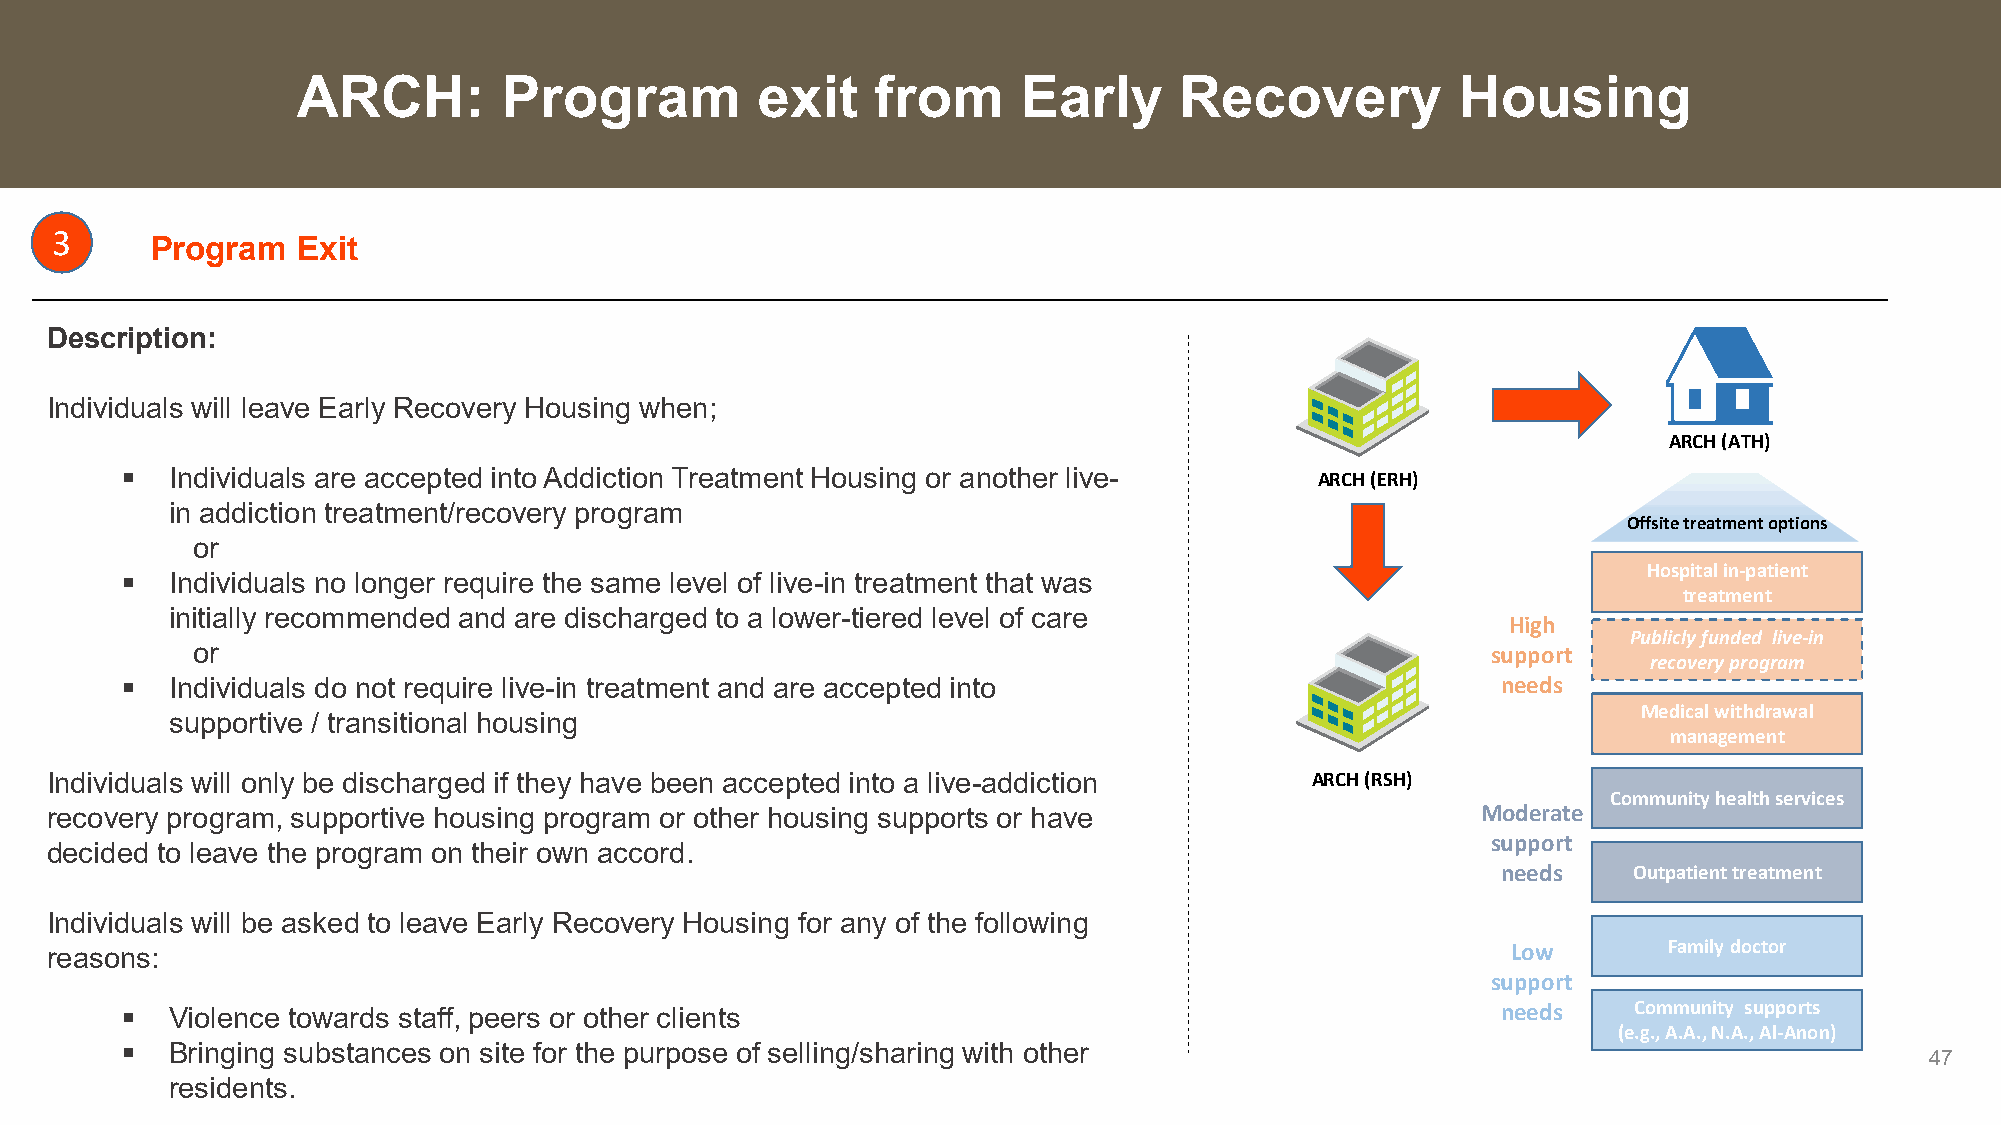
ARCH:        Program          exit    from      Early     Recovery           Housing
 3
 Program   Exit
 Description:
 Individuals will leave Early Recovery Housing when;
 ARCH (ATH)
   Individuals are accepted into Addiction Treatment Housing or another live-  ARCH (ERH)
 in addiction treatment/recovery program
 Offsite treatment options
 or
 Hospital in-patient
   Individuals no longer require the same level of live-in treatment that was
 treatment
 initially recommended and are discharged to a lower-tiered level of care
 High
 Publicly funded live-in
 or                                                                                    support
 recovery program
   Individuals do not require live-in treatment and are accepted into                      needs
 Medical withdrawal
 supportive / transitional housing
 management
 Individuals will only be discharged if they have been accepted into a live-addiction ARCH (RSH)
 Community health services
 recovery program, supportive housing program or other housing supports or have                 Moderate
 support
 decided to leave the program on their own accord.
 needs    Outpatient treatment
 Individuals will be asked to leave Early Recovery Housing for any of the following
 reasons:                                                                                         Low       Family doctor
 support
   Violence towards staff, peers or other clients                                          needs    Community supports
 (e.g., A.A., N.A., Al-Anon)
   Bringing substances on site for the purpose of selling/sharing with other
 47
 residents.